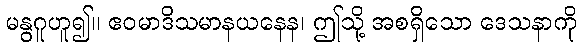
မနွဂူဟူ၍။ ဧဝမာဒိသမာနယနေန၊ ဤသို့ အစရှိသော ဒေသနာကို